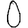
Digit: 0